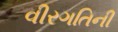
વીરગતિની